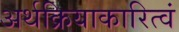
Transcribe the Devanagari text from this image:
अर्थक्रियाकारित्वं